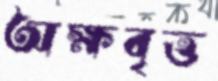
অক্ষবৃত্ত